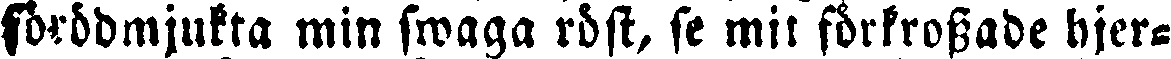
förddmjukta min swaga röst, se mit förkrossade hjer-